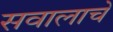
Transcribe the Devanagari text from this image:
सवालाचे